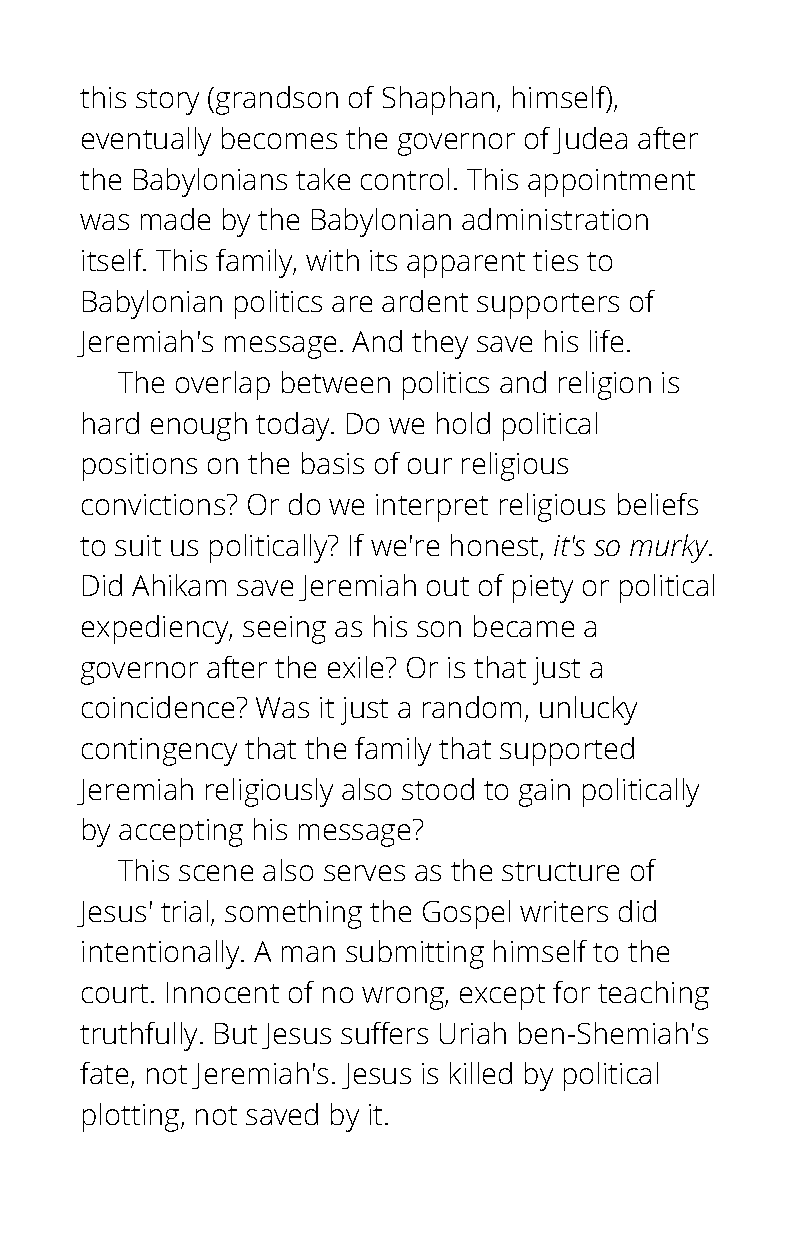
this story (grandson of Shaphan, himself),
 eventually becomes the governor of Judea after
 the Babylonians take control. This appointment
 was made  by the Babylonian administration
 itself. This family, with its apparent ties to
 Babylonian politics are ardent supporters of
 Jeremiah's message. And they save his life.
 The overlap between politics and religion is
 hard enough today. Do we hold political
 positions on the basis of our religious
 convictions? Or do we interpret religious beliefs
 to suit us politically? If we're honest, it's so murky.
 Did Ahikam save Jeremiah out of piety or political
 expediency, seeing as his son became a
 governor after the exile? Or is that just a
 coincidence? Was it just a random, unlucky
 contingency that the family that supported
 Jeremiah religiously also stood to gain politically
 by accepting his message?
 This scene also serves as the structure of
 Jesus' trial, something the Gospel writers did
 intentionally. A man submitting himself to the
 court. Innocent of no wrong, except for teaching
 truthfully. But Jesus suffers Uriah ben-Shemiah's
 fate, not Jeremiah's. Jesus is killed by political
 plotting, not saved by it.